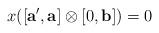
LaTeX: \begin{align*} x([\mathbf{a'},\mathbf{a}] \otimes [0,\mathbf{b}] )=0 \end{align*}